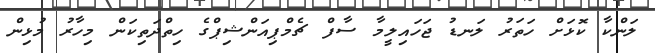
ލަންކާ ކޮޅަށް ހަތަރު ލަނޑު ޖަހައިލީމާ ސާފް ޗެމްޕިއަންޝިޕްގެ ހިތްދަތިކަން މިހާރު މުޅިން